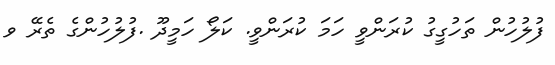
ފުލުހުން ތަހުގީގު ކުރަންވީ ހަމަ ކުރަންވީ. ކަލޯ ހަމީދޫ .ފުލުހުންގެ ތެރޭ ވ